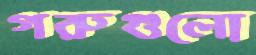
গরুগুলো